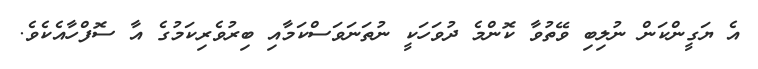
އެ ޔަގީންކަން ނުލިބި ވޭތުވާ ކޮންމެ ދުވަހަކީ ނުތަނަވަސްކަމާއި ބިރުވެރިކަމުގެ އާ ސޮފްހާއެކެވެ.